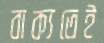
বাক্যতেই